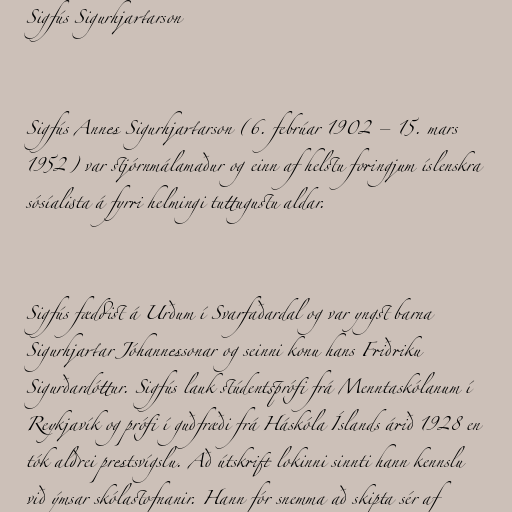
Sigfús Sigurhjartarson

Sigfús Annes Sigurhjartarson (6. febrúar 1902 – 15. mars
1952) var stjórnmálamaður og einn af helstu foringjum íslenskra
sósíalista á fyrri helmingi tuttugustu aldar.

Sigfús fæddist á Urðum í Svarfaðardal og var yngst barna
Sigurhjartar Jóhannessonar og seinni konu hans Friðriku
Sigurðardóttur. Sigfús lauk stúdentsprófi frá Menntaskólanum í
Reykjavík og prófi í guðfræði frá Háskóla Íslands árið 1928 en
tók aldrei prestsvígslu. Að útskrift lokinni sinnti hann kennslu
við ýmsar skólastofnanir. Hann fór snemma að skipta sér af